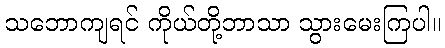
သဘောကျရင် ကိုယ်တို့ဘာသာ သွားမေးကြပါ။